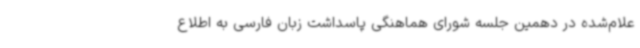
علام‌شده در دهمین جلسه شورای هماهنگی پاسداشت زبان فارسی به اطلاع